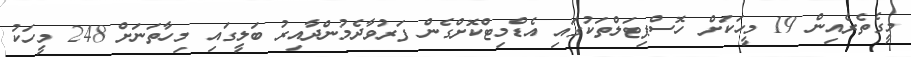
މީގެތެރެއިން 19 މީހަކަށް ހޮސްޕިޓަލްތަކުގައި އެޑްމިޓްކޮށްގެން ފަރުވާދެމުންދާއިރު ބަލީގައި މިހާތަނަށް 248 މީހަކު